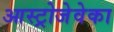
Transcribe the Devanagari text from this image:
आस्ट्रोजेवेका